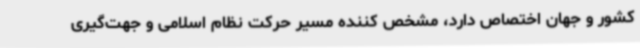
کشور و جهان اختصاص دارد، مشخص کننده مسیر حرکت نظام اسلامی و جهت‌گیری